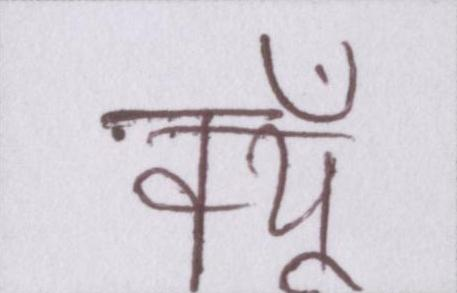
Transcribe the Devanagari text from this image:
क्यूँ